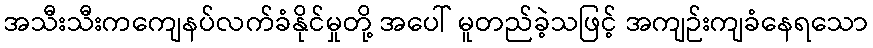
အသီးသီးကကျေနပ်လက်ခံနိုင်မှုတို့ အပေါ် မူတည်ခဲ့သဖြင့် အကျဉ်းကျခံနေရသော